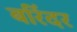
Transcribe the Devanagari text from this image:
बरिंदर